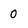
Character: 0